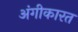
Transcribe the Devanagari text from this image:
अंगीकारत